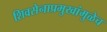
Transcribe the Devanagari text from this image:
शिवसेनाप्रमुखांमुळेच